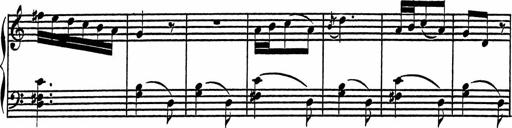
Title: 4 Piano Sonatinas
Composer: Adam Geibel